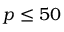
\ensuremath { p } \le 5 0